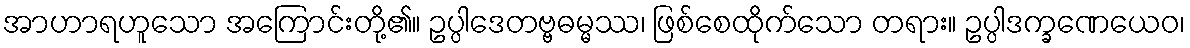
အာဟာရဟူသော အကြောင်းတို့၏။ ဥပ္ပါဒေတဗ္ဗဓမ္မဿ၊ ဖြစ်စေထိုက်သော တရား။ ဥပ္ပါဒက္ခဏေယေဝ၊